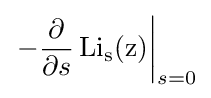
\left.-{\frac {\partial }{\partial s}}\operatorname {{Li}_{s}(z)} \right|_{s=0}